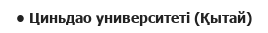
• Циньдао университеті (Қытай)